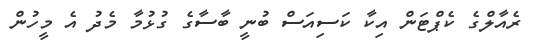
ރެއާލްގެ ކެޕްޓަން އިކާ ކަސިއަސް ބުނީ ބާސާގެ ގުޅުމާ މެދު އެ މީހުން